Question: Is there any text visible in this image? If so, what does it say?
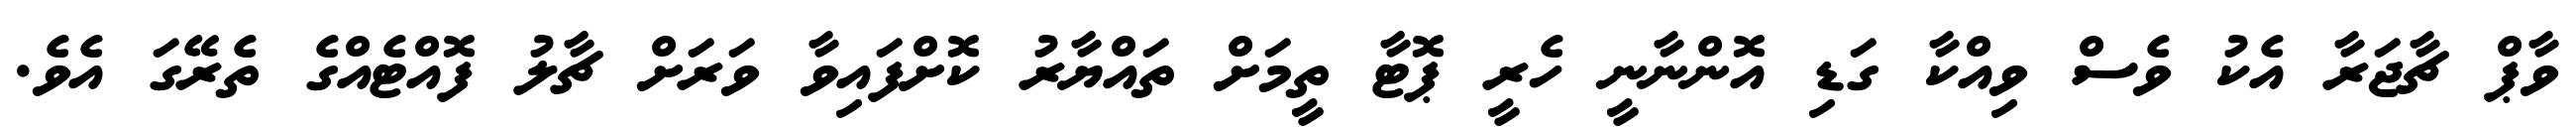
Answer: ވާޕް ޗާޖަރާ އެކު ވެސް ވިއްކާ ގަޑި އޮންނާނީ ހެރީ ޕޮޓާ ތީމަށް ތައްޔާރު ކޮށްފައިވާ ވަރަށް ޗާލު ފޮއްޓެއްގެ ތެރޭގަ އެވެ.